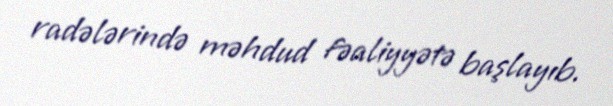
radələrində məhdud fəaliyyətə başlayıb.